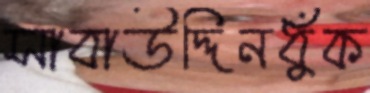
সাবাউদ্দিনধুঁক